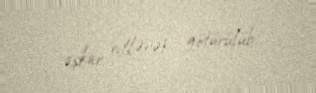
aşkar edilərək götürülüb.